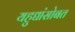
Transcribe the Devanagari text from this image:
यहुद्यांसोबत